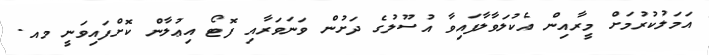
އަމަލުކުރުމަށް މީރާއިން އެކުލަވާލާފައިވާ އުސޫލުގެ ދަށުން ވަނަވަރާއި ފޮޓޯ އިޢުލާން ކޮށްފައިވަނީ މއ.